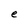
Character: e